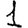
Digit: 1